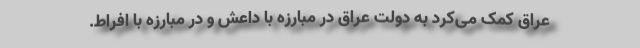
عراق کمک می‌کرد به دولت عراق در مبارزه با داعش و در مبارزه با افراط.